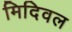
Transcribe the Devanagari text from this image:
मिदिवल